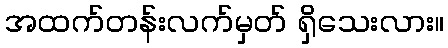
အထက်တန်းလက်မှတ် ရှိသေးလား။